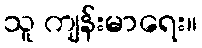
သူ ကျန်းမာရေး။